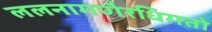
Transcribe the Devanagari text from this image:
ललनागणैरधिगतो